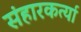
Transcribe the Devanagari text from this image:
संहारकर्त्या